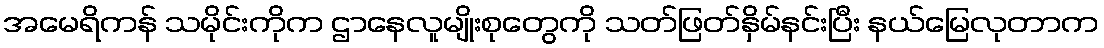
အမေရိကန် သမိုင်းကိုက ဌာနေလူမျိုးစုတွေကို သတ်ဖြတ်နှိမ်နင်းပြီး နယ်မြေလုတာက